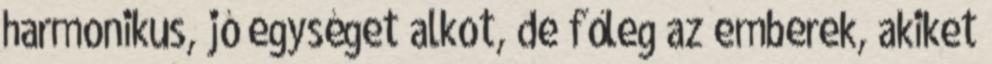
harmonikus, jó egységet alkot, de főleg az emberek, akiket